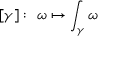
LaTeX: [ \gamma ] : \ \omega \mapsto \int _ { \gamma } \omega